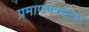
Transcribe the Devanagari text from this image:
प्रमाणपत्रदाता